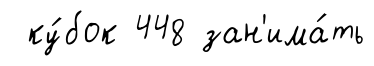
ку́бок 448 зан'има́ть